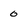
Character: 0